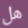
هل